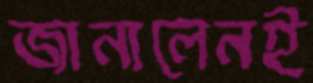
জানালেনই